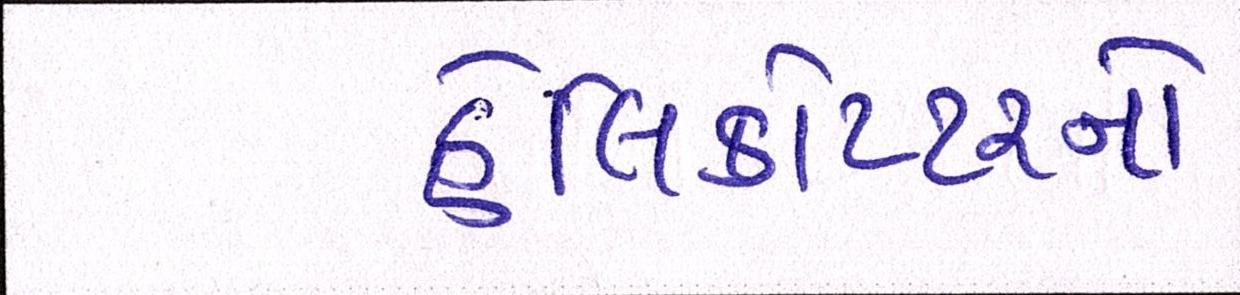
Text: હેલિકોપ્ટરનો